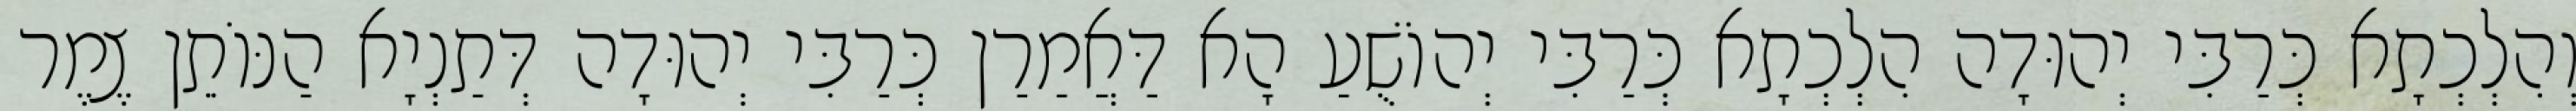
וְהִלְכְתָא כְּרַבִּי יְהוּדָה הִלְכְתָא כְּרַבִּי יְהוֹשֻׁעַ הָא דַּאֲמַרַן כְּרַבִּי יְהוּדָה דְּתַנְיָא הַנּוֹתֵן צֶמֶר